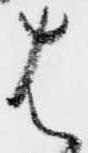
は